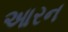
આરન